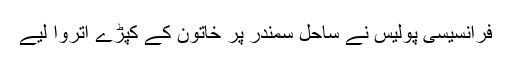
فرانسیسی پولیس نے ساحل سمندر پر خاتون کے کپڑے اتروا لیے